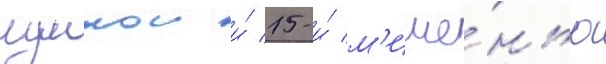
лункои и́ 15-и́ м'ише́нью